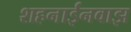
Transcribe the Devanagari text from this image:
शहनाईनवाझ